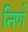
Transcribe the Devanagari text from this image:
निर्ण